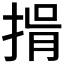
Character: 𢯇